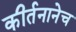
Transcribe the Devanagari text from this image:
कीर्तनानेच